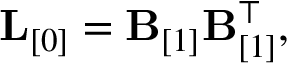
\begin{array} { r } { { \bf L } _ { [ 0 ] } = { \bf B } _ { [ 1 ] } { \bf B } _ { [ 1 ] } ^ { \top } , } \end{array}